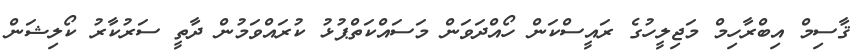
ޤާސިމް އިބްރާހިމް މަޖިލީހުގެ ރައީސްކަން ހޯއްދަވަން މަސައްކަތްޕުޅު ކުރައްވަމުން ދާތީ ސަރުކާރު ކޯލިޝަން